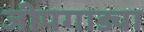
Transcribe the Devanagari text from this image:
जीपगाड्या